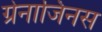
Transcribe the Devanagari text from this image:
ग्रेनाजिनस